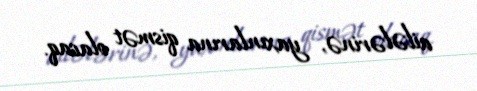
ailələrinə, yaxınlarına qismət olacaq.